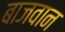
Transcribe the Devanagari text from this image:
बाजवान